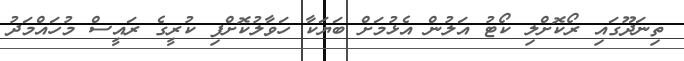
ތިނަދޫގައި ރޯކޮށްލި ކޯޓު އަލުން އެޅުމަށް ބަޔަކާ ހަވާލުކޮށްފި ކުރީގެ ރައީސް މުހައްމަދު